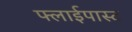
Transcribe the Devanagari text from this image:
फ्लाईपास्ट